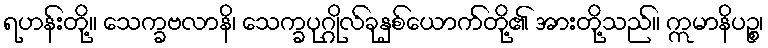
ရဟန်းတို့။ သေက္ခဗလာနိ၊ သေက္ခပုဂ္ဂိုလ်ခုနှစ်ယောက်တို့၏ အားတို့သည်။ ဣမာနိပဉ္စ၊